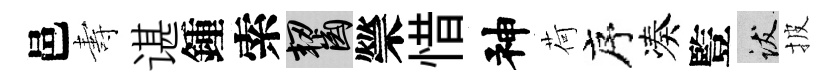
邑夀谌鍾索齧禜惜神荷序凑䜿跋披